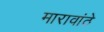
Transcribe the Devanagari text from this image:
मारावांठे